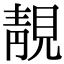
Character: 靚